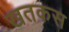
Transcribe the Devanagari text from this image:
खतकस